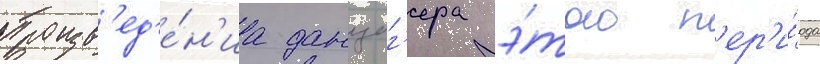
Произв'ед'е́н'иа данциг'ера э́того п'ер'и́ода